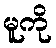
မူကို